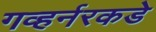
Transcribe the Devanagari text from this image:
गव्हर्नरकडे